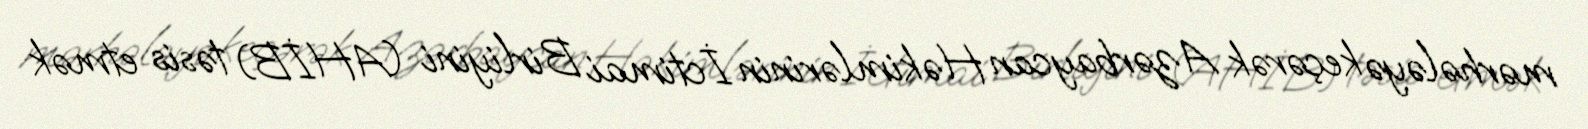
mərhələyə keçərək Azərbaycan Həkimlərinin İctimai Birliyini (AHİB) təsis etmək